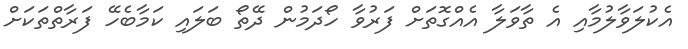
އެކުލަވާލުމާއި އެ ތާވަލާ އެއްގޮތަށް ފަރުވާ ހޯދަމުން ދޭތޯ ބަލައި ކަމާބެހޭ ފަރާތްތަކަށް